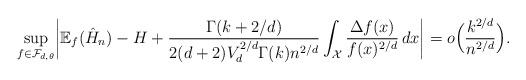
LaTeX: \begin{align*}\sup_{f \in \mathcal{F}_{d,\theta}}\biggl| \mathbb{E}_f(\hat{H}_n) - H + \frac{\Gamma(k+2/d)}{2(d+2)V_d^{2/d}\Gamma(k)n^{2/d}} \int_\mathcal{X} \frac{\Delta f(x)}{f(x)^{2/d}} \,dx\biggr| = o\Bigl(\frac{k^{2/d}}{n^{2/d}}\Bigr).\end{align*}